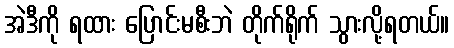
အဲဒီကို ရထား ပြောင်းမစီးဘဲ တိုက်ရိုက် သွားလို့ရတယ်။